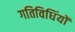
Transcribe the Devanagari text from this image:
गतिविधिंयों